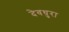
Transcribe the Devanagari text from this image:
देवधुरा